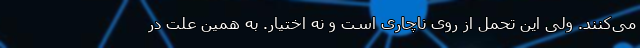
می‌کنند. ولی این تحمل از روی ناچاری است و نه اختیار. به همین علت در